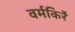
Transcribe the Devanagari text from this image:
वर्मकिर्रे